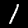
Digit: 1